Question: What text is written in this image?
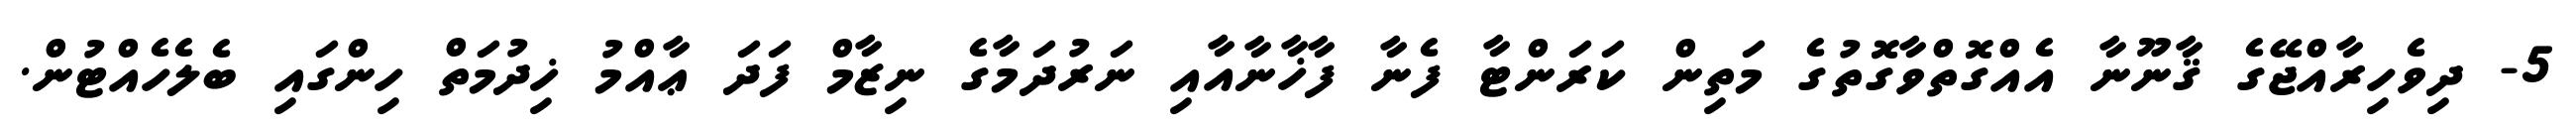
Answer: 5- ދިވެހިރާއްޖޭގެ ޤާނޫނާ އެއްގޮތްވާގޮތުގެ މަތިން ކަރަންޓާ ފެނާ ފާޚާނާއާއި ނަރުދަމާގެ ނިޒާމް ފަދަ ޢާއްމު ޚިދުމަތް ހިންގައި ބެލެހެއްޓުން.